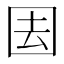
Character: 𭍝